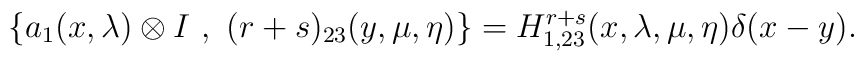
\{a_1(x, \lambda) \otimes I~,~ (r +s)_{23}(y,\mu,\eta)\}   = H^{r + s}_{1,23}(x, \lambda, \mu, \eta) \delta(x-y).